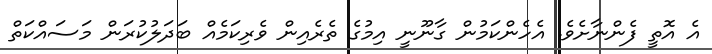
އެ އޮތީ ފެންނާށެވެ. އެހެންކަމުން ގާނޫނީ އިމުގެ ތެރެއިން ވެރިކަމެއް ބަދަލުކުރަން މަސައްކަތް